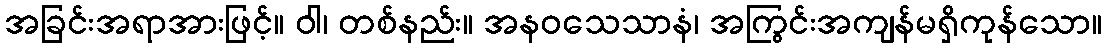
အခြင်းအရာအားဖြင့်။ ဝါ၊ တစ်နည်း။ အနဝသေသာနံ၊ အကြွင်းအကျန်မရှိကုန်သော။